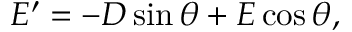
E ^ { \prime } = - D \sin \theta + E \cos \theta ,